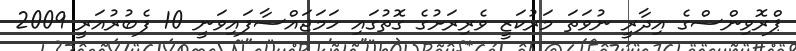
ޕްރޮވިންސްގެ އިދާރީ ނުވަތަ މަރުކަޒީ ވެރިރަށުގެ ގޮތުގައި ހަމަޖައްސާފައިވަނީ 10 ފެބުރުއަރީ 2009